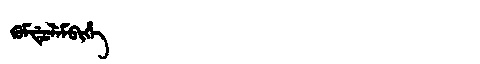
Manchu: ᡴᡠᠮᡩᡠᠯᡝᠮᠪᡳᡥᡝ
Romanization: KUMDULEMBIHE